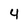
Character: 4